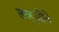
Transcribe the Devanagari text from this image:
लखूजीने